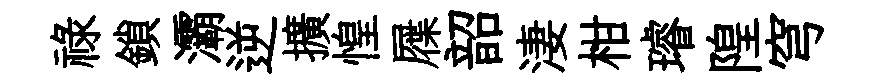
祿鎖灞逆擴惶屧韶淒柑璿隍穹